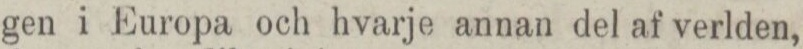
gen i Europa och hvarje annan del af verlden,